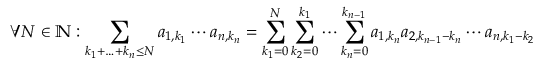
\forall N \in \mathbb { N } : \sum _ { k _ { 1 } + \ldots + k _ { n } \leq N } a _ { 1 , k _ { 1 } } \cdots a _ { n , k _ { n } } = \sum _ { k _ { 1 } = 0 } ^ { N } \sum _ { k _ { 2 } = 0 } ^ { k _ { 1 } } \cdots \sum _ { k _ { n } = 0 } ^ { k _ { n - 1 } } a _ { 1 , k _ { n } } a _ { 2 , k _ { n - 1 } - k _ { n } } \cdots a _ { n , k _ { 1 } - k _ { 2 } }